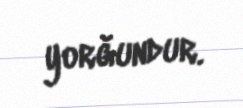
yorğundur.